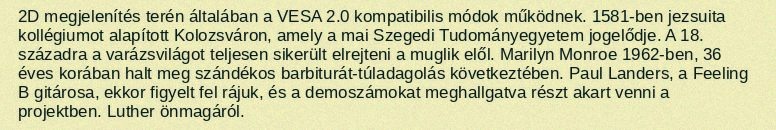
2D megjelenítés terén általában a VESA 2.0 kompatibilis módok működnek. 1581-ben jezsuita kollégiumot alapított Kolozsváron, amely a mai Szegedi Tudományegyetem jogelődje. A 18. századra a varázsvilágot teljesen sikerült elrejteni a muglik elől. Marilyn Monroe 1962-ben, 36 éves korában halt meg szándékos barbiturát-túladagolás következtében. Paul Landers, a Feeling B gitárosa, ekkor figyelt fel rájuk, és a demoszámokat meghallgatva részt akart venni a projektben. Luther önmagáról.